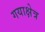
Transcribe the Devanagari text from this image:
गयाक्षेत्र